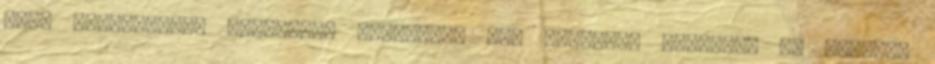
erős ellenfélnek számított mindenki, aki ilyesmit hordott. De Tyranis